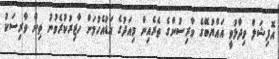
އޮފިޝަލް ވިދާޅުވީ އައްޔުބޭގެ ވާރިސުންގެ ތެރެއިން މިއަދުގެ އަޑުއެހުމަށް ހާޒިރުކުރެވުނު ތިން ވާރިސަކު